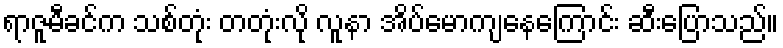
ရာဇူမီခင်က သစ်တုံး တတုံးလို လူနာ အိပ်မောကျနေကြောင်း ဆီးပြောသည်။